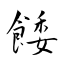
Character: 餧